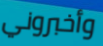
وأخبروني